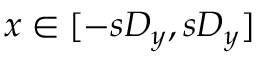
x \in [ - s D _ { y } , s D _ { y } ]